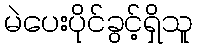
မဲပေးပိုင်ခွင့်ရှိသူ